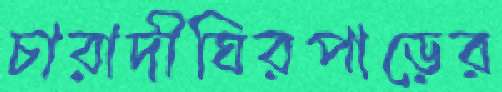
চারাদীঘিরপাড়ের